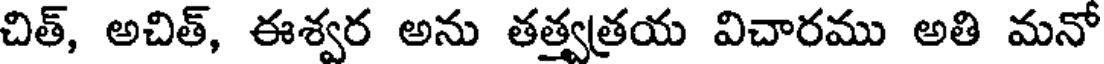
చిత్, అచిత్, ఈశ్వర అను తత్త్వత్రయ విచారము అతి మనో